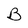
Character: B